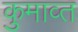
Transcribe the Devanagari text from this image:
कुमाव्त